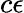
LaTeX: c\epsilon